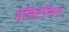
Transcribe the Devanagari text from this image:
मेलिटेन्सिस